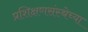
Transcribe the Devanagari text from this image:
प्रशिक्षणसंस्थेच्या